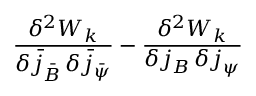
\frac { \delta ^ { 2 } W _ { k } } { \delta \bar { j } _ { \bar { B } } \, \delta \bar { j } _ { \bar { \psi } } } - \frac { \delta ^ { 2 } W _ { k } } { \delta j _ { B } \, \delta j _ { \psi } }